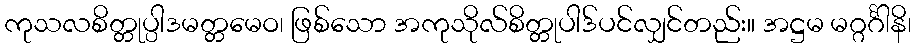
ကုသလစိတ္တုပ္ပါဒမတ္တမေဝ၊ ဖြစ်သော အကုသိုလ်စိတ္တုပါဒ်ပင်လျှင်တည်း။ အဋ္ဌမ မဂ္ဂင်္ဂါနိ၊